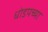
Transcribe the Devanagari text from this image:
धोडपच्या